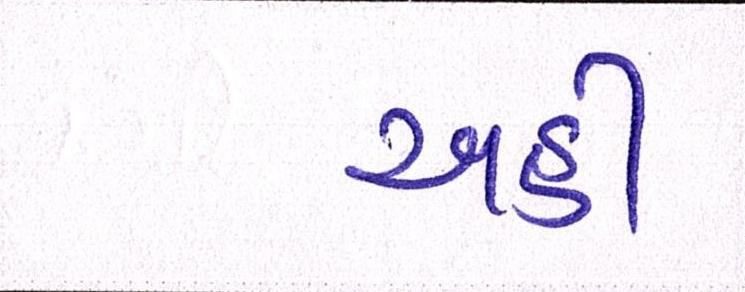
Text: અહીં